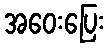
အဝေးပြေး